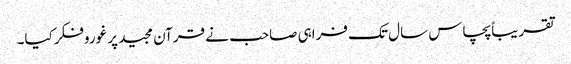
تقریباًپچاس سال تک فراہی صاحب نے قرآن مجید پر غوروفکرکیا۔